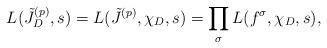
LaTeX: \begin{align*}L(\tilde{J}^{(p)}_{D}, s) = L(\tilde{J}^{(p)}, \chi_D, s) = \prod_{\sigma} L(f^{\sigma}, \chi_D, s),\end{align*}